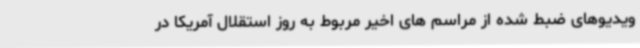
ویدیوهای ضبط شده از مراسم های اخیر مربوط به روز استقلال آمریکا در